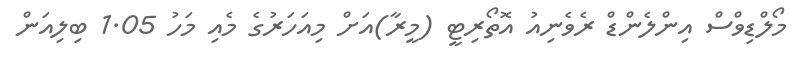
މޯލްޑިވްސް އިންލެންޑް ރެވެނިއު އޮތޯރިޓީ (މީރާ)އަށް މިއަހަރުގެ މެއި މަހު 1.05 ބިލިއަން